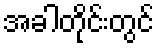
အခါတိုင်းတွင်